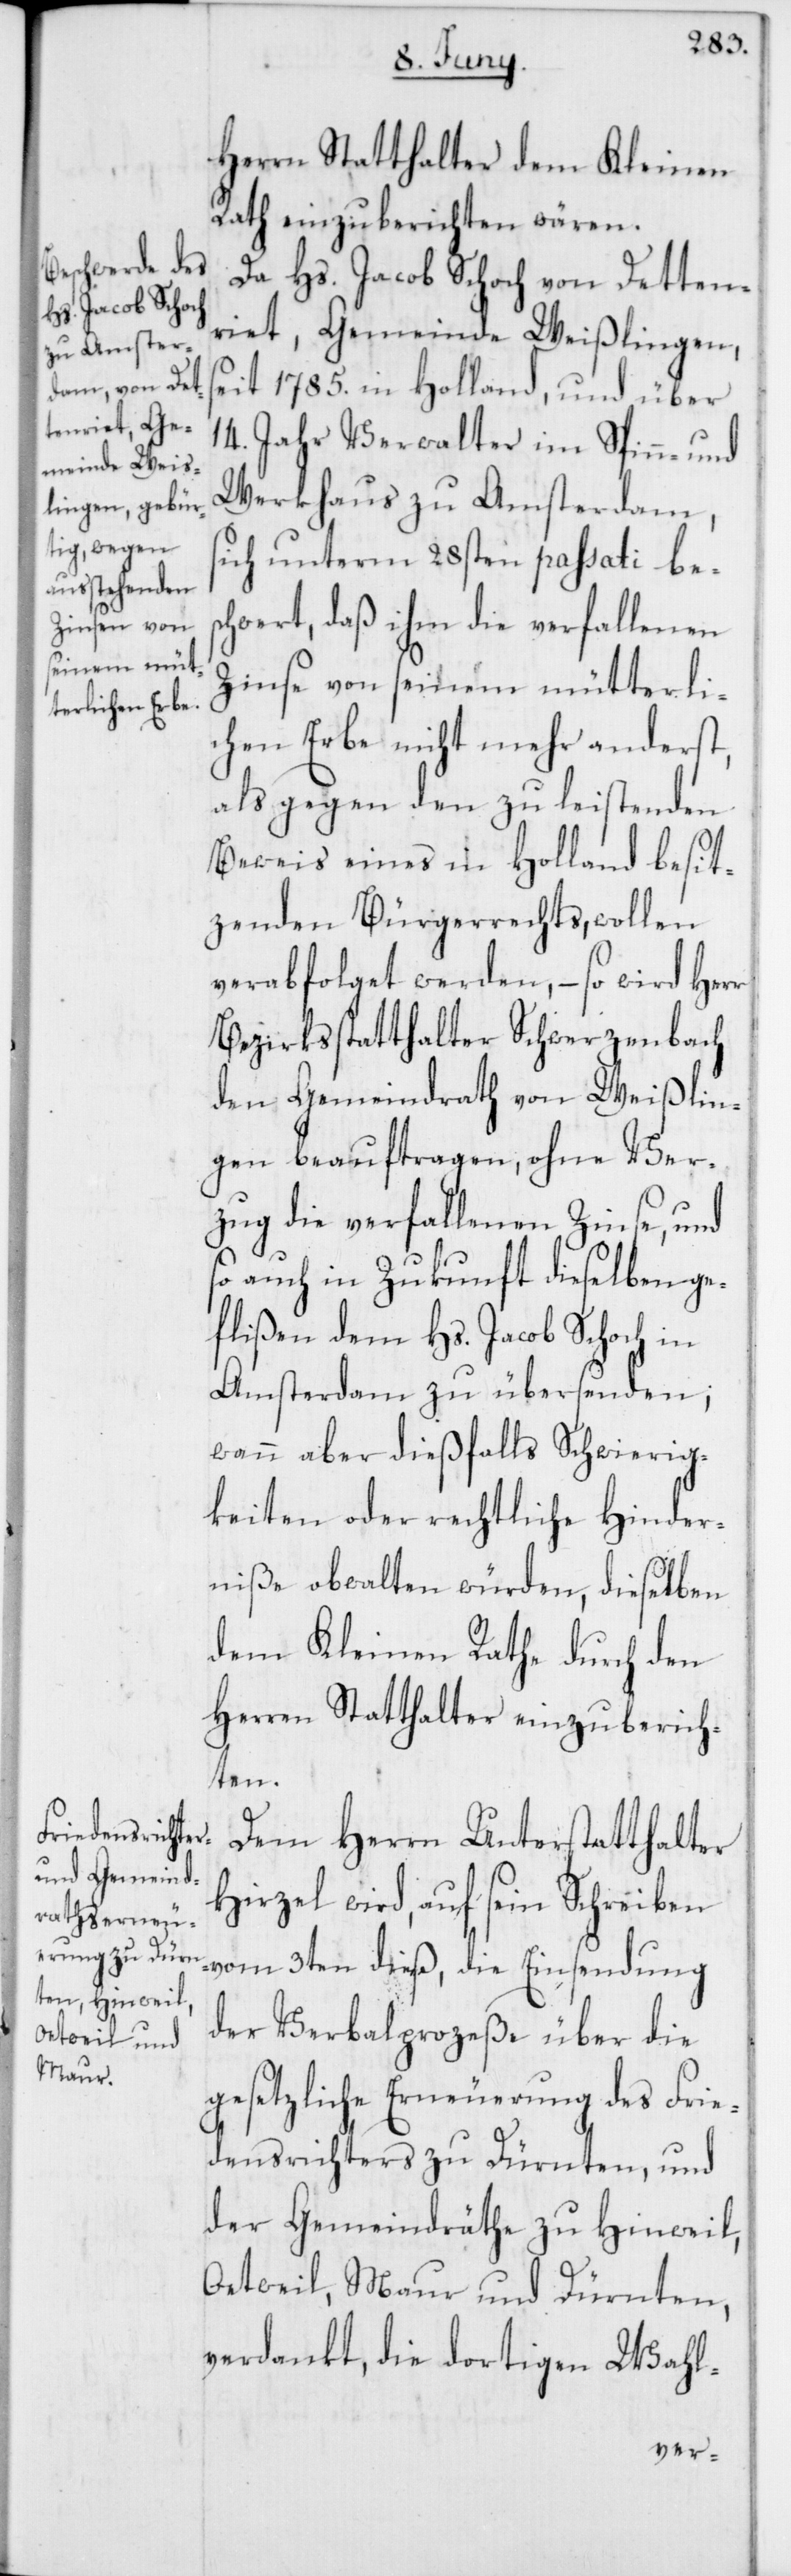
Herrn Statthalter dem Kleinen
Rath einzuberichten wären.
Da Hs. Jacob Schoch von Detten¬
riet, Gemeinde Weißlingen,
seit 1785. in Holland, und über
14. Jahr Verwalter im Spinn- und
Werkhaus zu Amsterdam,
sich unterm 28sten passati bes¬
chwert, daß ihm die verfallenen
Zinse von seinem mütterli¬
chen Erbe nicht mehr anderst,
als gegen den zu leistenden
Beweis eines in Holland besit¬
zenden Bürgerrechts, wollen
verabfolget werden, – so wird Herr
Bezirksstatthalter Schwerzenbach
den Gemeindrath von Weißlin¬
gen beauftragen, ohne Ver¬
zug die verfallenen Zinse, und
so auch in Zukunft dieselben ge¬
flißen dem Hs. Jacob Schoch in
Amsterdam zu übersenden;
wann aber dießfalls Schwierig¬
keiten oder rechtliche Hinder¬
niße obwalten würden, dieselben
dem Kleinen Rathe durch den
Herren Statthalter einzuberich¬
ten.
Dem Herrn Unterstatthalter
Hirzel wird, auf sein Schreiben
vom 3ten dieß, die Einsendung
der Verbalprozeße über die
gesetzliche Erneuerung des Frie¬
densrichters zu Dürnten, und
der Gemeindräthe zu Hinweil,
Oetweil, Maur und Dürnten,
verdankt, die dortigen Wahl-